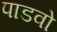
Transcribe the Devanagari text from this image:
पाडवो